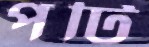
পটি